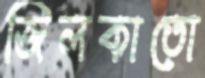
জিলকাতো